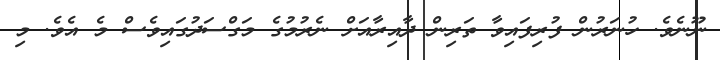
ނޫނެވެ. ހުނަރުން ފުރިފައިވާ ތަރިން ދާއިރާއަށް ނެރުމުގެ މަގްސަދުގައިވެސް މެ އެވެ. މި